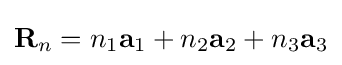
\mathbf {R} _{n}=n_{1}\mathbf {a} _{1}+n_{2}\mathbf {a} _{2}+n_{3}\mathbf {a} _{3}